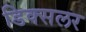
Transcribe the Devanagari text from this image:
डिक्सलर